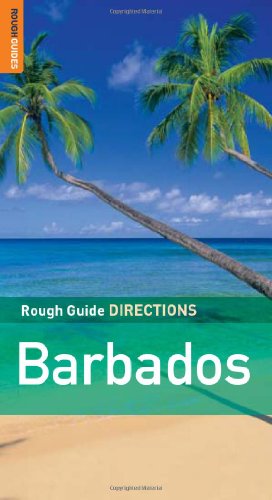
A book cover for The Rough Guides' Barbados Directions 1 (Rough Guide Directions); Adam Vaitilingam; Travel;